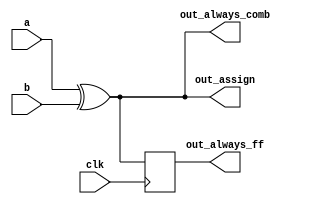
// This program was cloned from: https://github.com/Yvan-xy/verilog-doc
// License: GNU General Public License v2.0

// synthesis verilog_input_version verilog_2001
module top_module(
    input clk,
    input a,
    input b,
    output wire out_assign,
    output reg out_always_comb,
    output reg out_always_ff   );
assign out_assign = a^b;
    
    always @(*) out_always_comb = a^b;
    
    always @(posedge clk) out_always_ff <= a^b;
endmodule